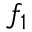
f _ { 1 }